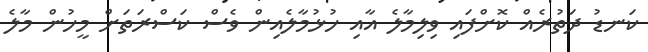
ކަނޑު ދަތުރެއް ކޮށްފައި ވިލިމާލެ އާއި ހުޅުމާލެއިން ވެސް ކަސްރަތަށް މީހުން މާލެ